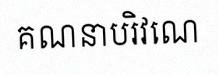
គណនាបរិវេណ